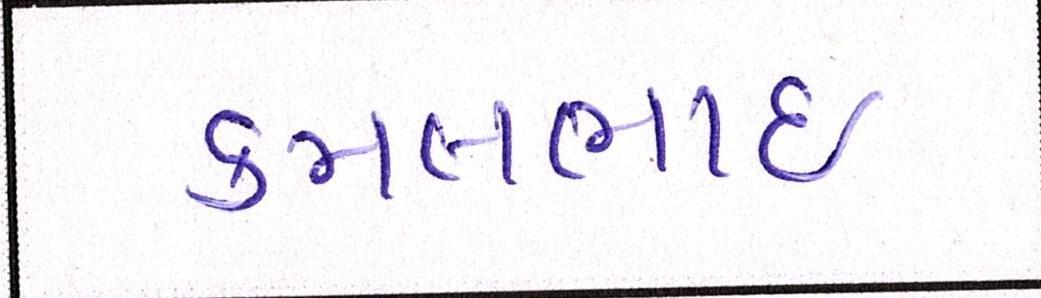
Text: કમલભાઇ